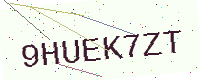
Text: 9HUEK7ZT